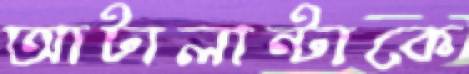
আটালান্টাকে